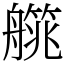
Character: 艞